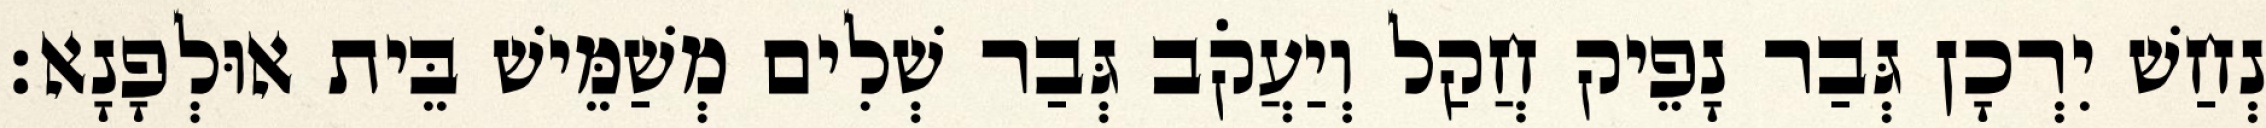
נְחַשׁ יִרְכָן גְּבַר נָפֵיק חֲקַל וְיַעֲקֹב גְּבַר שְׁלִים מְשַׁמֵּישׁ בֵּית אוּלְפָנָא׃